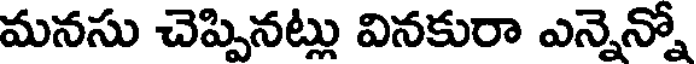
మనసు చెప్పినట్లు వినకురా ఎన్నెన్నో